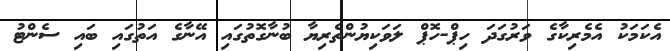
އެކަމަކު އެމެރިކާގެ ވަރުގަދަ ހިޕް-ހޮޕް ލަވަކިޔުންތެރިޔާ ބުނާގޮތުގައި އޭނާގެ އަތުގައި ބައި ސެންޓު